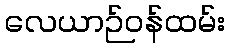
လေယာဉ်ဝန်ထမ်း